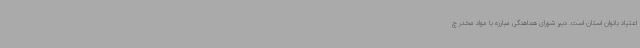
اعتیاد بانوان استان است. دبیر شورای هماهنگی مبارزه با مواد مخدر چ